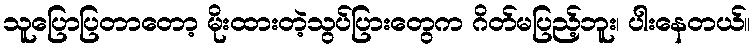
သူပြောပြတာတော့ မိုးထားတဲ့သွပ်ပြားတွေက ဂိတ်မပြည့်ဘူး၊ ပါးနေတယ်။